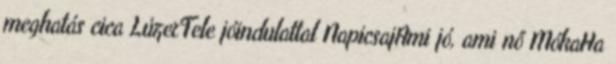
meghatás cica LúzerTele jóindulattal NapicsajAmi jó, ami nő MókaHa